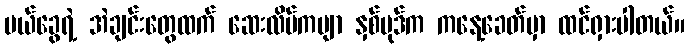
မယ်ခွေရဲ့ အဲချင်းတွေထက် ဆေးလိပ်ကဗျာ နှစ်ပုဒ်က ကနေ့ခေတ်မှာ ထင်ရှားပါတယ်။